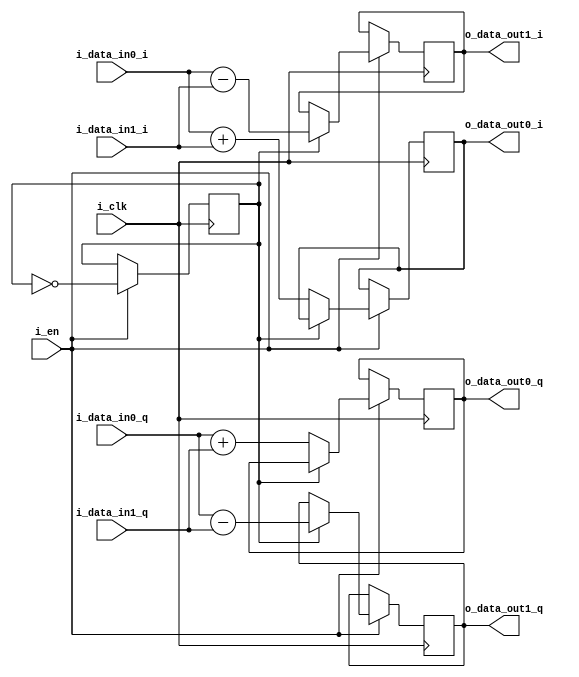
`timescale 1ns / 1ps
//////////////////////////////////////////////////////////////////////////////////
// Company: 
// Engineer: 
// 
// Design Name: 
// Module Name: summComplex
// Project Name: 
// Target Devices: 
// Tool Versions: 
// Description: 
// 
// Dependencies: 
// 
// Revision:
// Revision 0.01 - File Created
// Additional Comments:
// summ and diff complex numder
//////////////////////////////////////////////////////////////////////////////////

//TODO   
module summComplex_x2 #(parameter DATA_FFT_SIZE = 16)(
    i_clk,
    i_en,
    i_data_in0_i,
    i_data_in0_q,
    i_data_in1_i,
    i_data_in1_q,
    o_data_out0_i,
    o_data_out0_q,
    o_data_out1_i,
    o_data_out1_q
    );

    input i_clk;
    input i_en;
    //DATA_FFT_SIZE = 16
    input [DATA_FFT_SIZE-1:0] i_data_in0_i;
    input [DATA_FFT_SIZE-1:0] i_data_in0_q;
    input [DATA_FFT_SIZE-1:0] i_data_in1_i;
    input [DATA_FFT_SIZE-1:0] i_data_in1_q;
    output reg [DATA_FFT_SIZE-1:0] o_data_out0_i;
    output reg [DATA_FFT_SIZE-1:0] o_data_out0_q;
    output reg [DATA_FFT_SIZE-1:0] o_data_out1_i;
    output reg [DATA_FFT_SIZE-1:0] o_data_out1_q;
    
    reg diff = 1'b0;//ferst closk summ, second cock diff
    
    always @(posedge i_clk)
    begin
        if(i_en)
        begin
            diff <= !diff;
            if(diff) 
            begin
                o_data_out1_i <= i_data_in0_i - i_data_in1_i;
                o_data_out1_q <= i_data_in0_q - i_data_in1_q;
            end
            else 
            begin
                o_data_out0_i <= i_data_in0_i + i_data_in1_i;
                o_data_out0_q <= i_data_in0_q + i_data_in1_q;
            end
        end
    end
    
endmodule